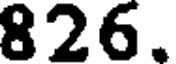
826.